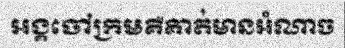
អង្គចៅក្រមគឺគាត់មានអំណាច